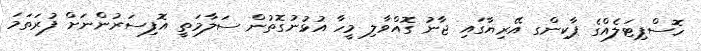
ހޮސްޕިޓަލެއްގެ ޕާކިންގ އޭރިޔާގައި ޖާނު ގޮއްވާލި މީހާ އުޅުނުގޮތުން ސަލާމަތީ އޮފިސަރުންނަށް ފުރަތަމަ